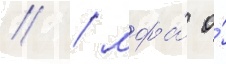
// / мфа́ о́